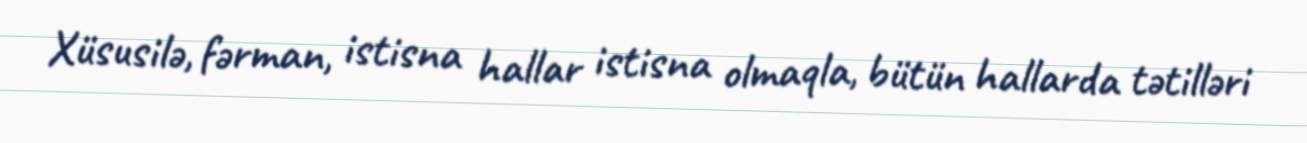
Xüsusilə, fərman, istisna hallar istisna olmaqla, bütün hallarda tətilləri